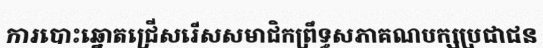
ការបោះឆ្នោតជ្រើសរើសសមាជិកព្រឹទ្ធសភាគណបក្សប្រជាជន